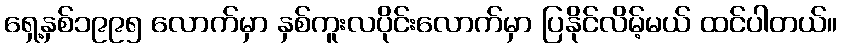
ရှေ့နှစ်၁၉၉၅ လောက်မှာ နှစ်ကူးလပိုင်းလောက်မှာ ပြနိုင်လိမ့်မယ် ထင်ပါတယ်။